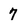
Character: 7